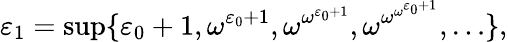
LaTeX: \varepsilon_{1}=\operatorname*{sup}\{ \varepsilon_{0}+1,\omega^{\varepsilon_{0}+1},\omega^{\omega^{\varepsilon_{0}+1}},\omega^{\omega^{\omega^{\varepsilon_{0}+1}}},\dots\} ,